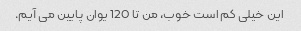
این خیلی کم است خوب، من تا 120 یوان پایین می آیم.